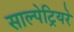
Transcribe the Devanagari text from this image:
साल्पेट्रियरे